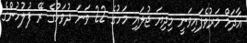
އާދަމް މަރުވެފައިވަނީ މިދިޔަ ޖުލައި މަހުގެ 22 ވަނަ ދުވަހުގެ ރޭ ފުލުހުންގެ